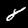
Digit: 8